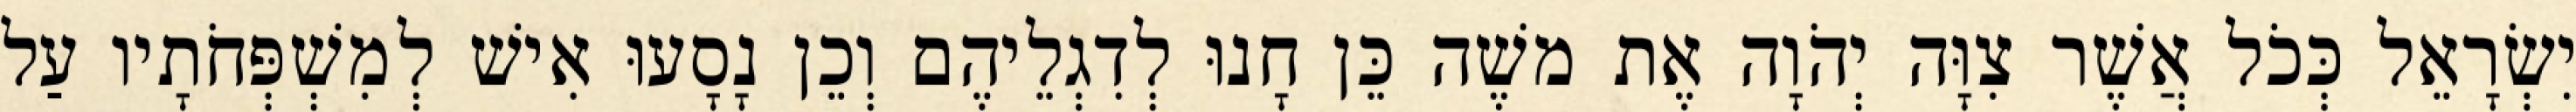
יִשְׂרָאֵל כְּכֹל אֲשֶׁר צִוָּה יְהֹוָה אֶת משֶׁה כֵּן חָנוּ לְדִגְלֵיהֶם וְכֵן נָסָעוּ אִישׁ לְמִשְׁפְּחֹתָיו עַל